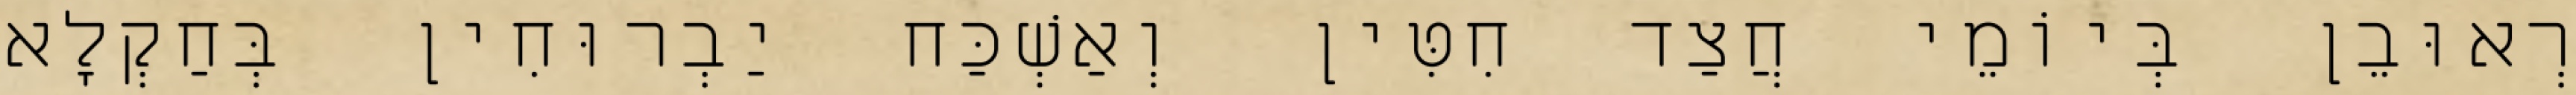
רְאוּבֵן בְּיוֹמֵי חֲצַד חִטִּין וְאַשְׁכַּח יַבְרוּחִין בְּחַקְלָא